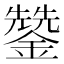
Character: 𮣄